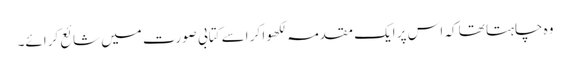
وہ چاہتا تھا کہ اس پر ایک مقدمہ لکھوا کر اسے کتابی صورت میں شائع کرائے۔